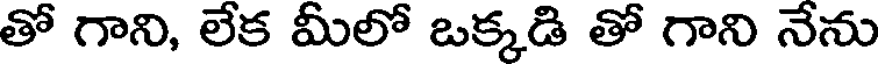
తో గాని, లేక మీలో ఒక్కడి తో గాని నేను